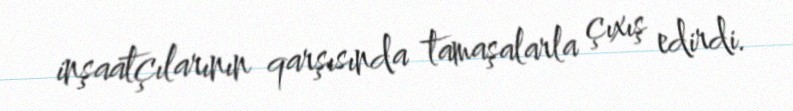
inşaatçılarının qarşısında tamaşalarla çıxış edirdi.